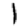
Digit: 1